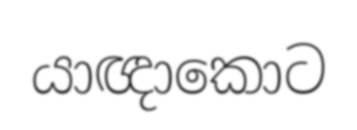
යාඥාකොට